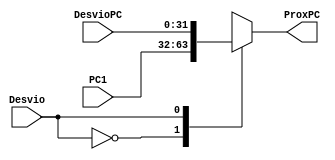
module MuxPC (ProxPC, DesvioPC, Desvio, PC1);

	input wire [31:0] PC1, DesvioPC;
	input wire Desvio;

	output reg [31:0] ProxPC;

	always @(*) begin
		case (Desvio)
			0: ProxPC = PC1;
			1: ProxPC = DesvioPC;
		endcase
	end
endmodule